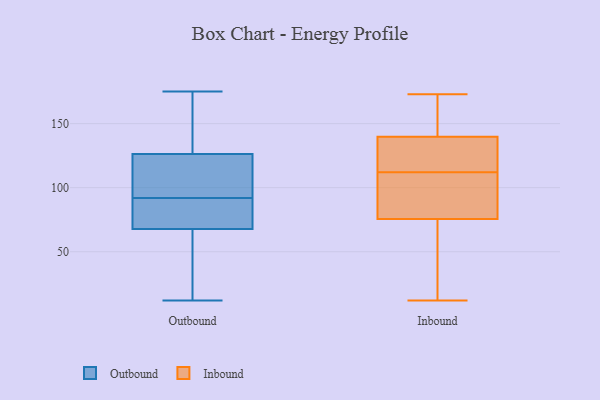
{"axis": {"x": "Satisfaction Score", "y": "Value"}, "legend": ["Inbound", "Outbound"], "data": [{"x": "", "y": 12, "type": "Outbound"}, {"x": "", "y": 92, "type": "Outbound"}, {"x": "", "y": 106, "type": "Outbound"}, {"x": "", "y": 125, "type": "Outbound"}, {"x": "", "y": 130, "type": "Outbound"}, {"x": "", "y": 86, "type": "Outbound"}, {"x": "", "y": 151, "type": "Outbound"}, {"x": "", "y": 175, "type": "Outbound"}, {"x": "", "y": 77, "type": "Outbound"}, {"x": "", "y": 23, "type": "Outbound"}, {"x": "", "y": 78, "type": "Outbound"}, {"x": "", "y": 92, "type": "Outbound"}, {"x": "", "y": 40, "type": "Outbound"}, {"x": "", "y": 136, "type": "Inbound"}, {"x": "", "y": 83, "type": "Inbound"}, {"x": "", "y": 12, "type": "Inbound"}, {"x": "", "y": 73, "type": "Inbound"}, {"x": "", "y": 45, "type": "Inbound"}, {"x": "", "y": 112, "type": "Inbound"}, {"x": "", "y": 148, "type": "Inbound"}, {"x": "", "y": 143, "type": "Inbound"}, {"x": "", "y": 41, "type": "Inbound"}, {"x": "", "y": 113, "type": "Inbound"}, {"x": "", "y": 91, "type": "Inbound"}, {"x": "", "y": 173, "type": "Inbound"}, {"x": "", "y": 141, "type": "Inbound"}, {"x": "", "y": 133, "type": "Inbound"}, {"x": "", "y": 93, "type": "Inbound"}]}